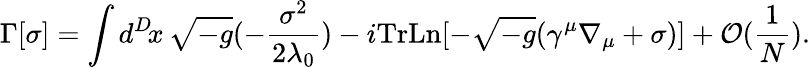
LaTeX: \Gamma[\sigma]=\int d^{D}\! x\, \sqrt{-g}(-\frac{\sigma^{2}}{2\lambda_{0}})-i\mathrm{Tr}\mathrm{Ln}[-\sqrt{-g}(\gamma^{\mu}\nabla_{\mu}+\sigma)]+{\cal O}(\frac{1}{N}).